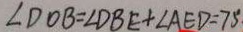
\angle D O B = \angle D B E + \angle A E D = 7 5 ^ { \circ } .